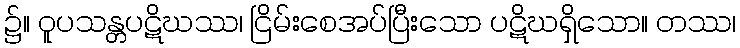
၌။ ဝူပသန္တပဋိဃဿ၊ ငြိမ်းစေအပ်ပြီးသော ပဋိဃရှိသော။ တဿ၊